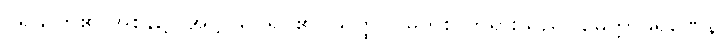
ပရိသတ်၏ အစွန်၌။ အဋ္ဌာသိ၊ ရပ်၏။ သတ္ထာ၊ မြတ်စွာဘုရားသည်။ မေတ္တာဖရဏေန၊